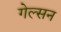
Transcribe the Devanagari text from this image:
गेल्सन